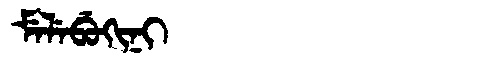
Manchu: ᠮᡝᠯᡝᠪᡠᡴᡳᠨᡳ
Romanization: MELEBUKINI